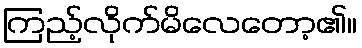
ကြည့်လိုက်မိလေတော့၏။